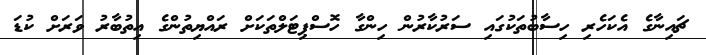
ޗައިނާގެ އެކަހެރި ހިސާބުތަކުގައި ސަރުކާރުން ހިންގާ ހޮސްޕިޓަލްތަކަށް ރައްޔިތުންގެ އިތުބާރު ވަރަށް ކުޑަ